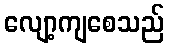
လျော့ကျစေသည်